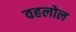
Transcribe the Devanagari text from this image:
वहलोल